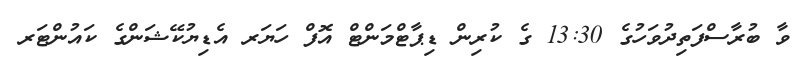
ވާ ބުރާސްފަތިދުވަހުގެ 13:30 ގެ ކުރިން ޑިޕާޓްމަންޓް އޮފް ހަޔަރ އެޑިޔުކޭޝަންގެ ކައުންޓަރ